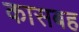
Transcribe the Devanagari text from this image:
कासबह